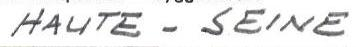
HAUTE-SEINE